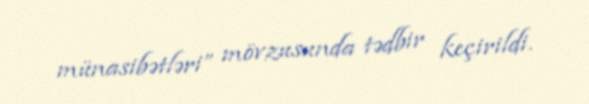
münasibətləri” mövzusunda tədbir keçirildi.